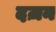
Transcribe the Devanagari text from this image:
दज़न